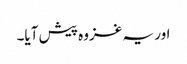
اور یہ غزوہ پیش آیا۔